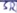
Text: SR